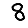
Digit: 8